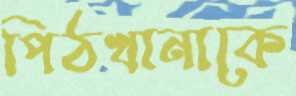
পিঠখানাকে